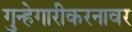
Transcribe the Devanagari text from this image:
गुन्हेगारीकरनावर